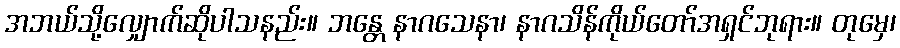
အဘယ်သို့လျှောက်ဆိုပါသနည်း။ ဘန္တေ နာဂသေနာ၊ နာဂသိန်ကိုယ်တော်အရှင်ဘုရား။ တုမှေ၊